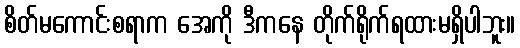
စိတ်မကောင်းစရာက အေကို ဒီကနေ တိုက်ရိုက်ရထားမရှိပါဘူး။